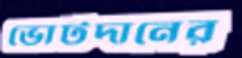
ভোটদানের